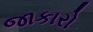
જાકારો